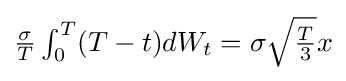
{\textstyle {\sigma  \over {T}}\int _{0}^{T}(T-t)dW_{t}=\sigma {\sqrt {T \over {3}}}x}